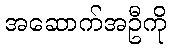
အဆောက်အဦကို